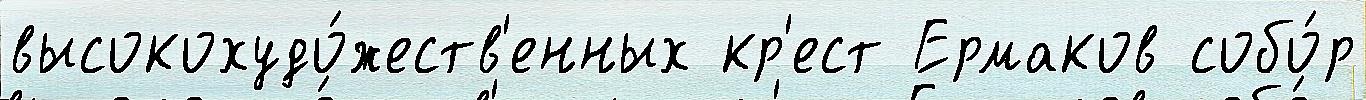
высокохудо́жеств'енных кр'ест Ермаков собо́р